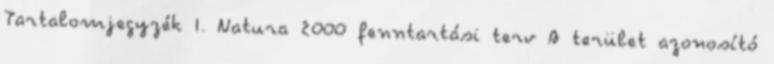
Tartalomjegyzék I. Natura 2000 fenntartási terv A terület azonosító